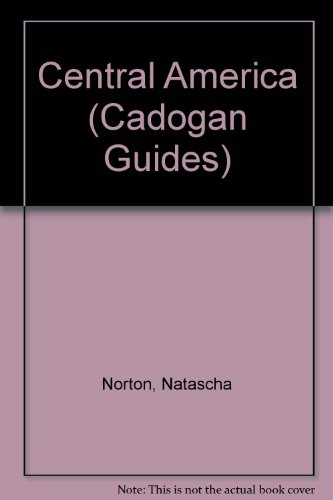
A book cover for Central America: Guatemala, Belize, Honduras, El Salvador, Nicaragua, Costa Rica, Panama; Natascha Norton; Travel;